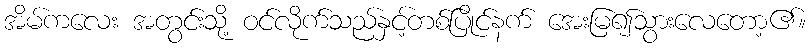
အိမ်ကလေး အတွင်းသို့ ဝင်လိုက်သည်နှင့်တစ်ပြိုင်နက် အေးမြ၍သွားလေတော့၏။